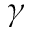
\gamma